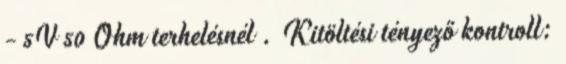
- 5V 50 Ohm terhelésnél . Kitöltési tényező kontroll: